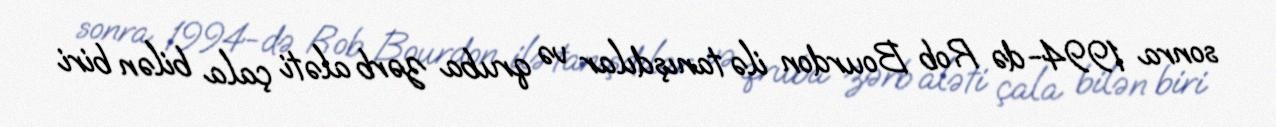
sonra 1994-də Rob Bourdon ilə tanışdılar və qruba zərb aləti çala bilən biri